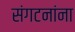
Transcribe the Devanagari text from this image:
संगटनांना